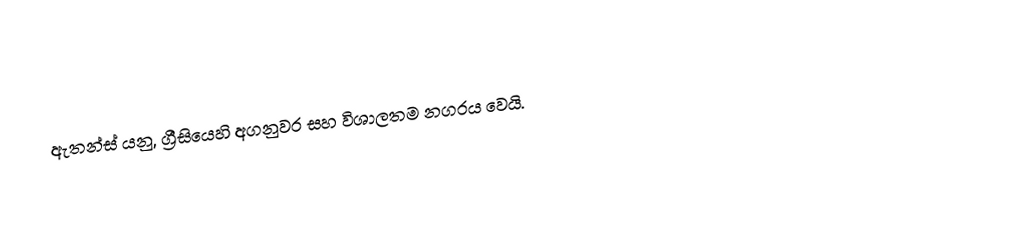
ඇතන්ස් යනු,  ග්‍රීසියෙහි අගනුවර සහ විශාලතම නගරය වෙයි.